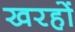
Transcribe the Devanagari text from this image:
खरहों